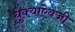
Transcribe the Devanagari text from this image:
धुक्याऐवजी